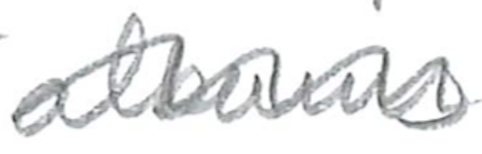
Text: albums
Cross-out: wave
Writing tool: pencil